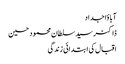
آبا ؤاجداد
ڈاکٹر سید سلطان محمود حسین
اقبال کی ابتدائی زندگی